Calcutta medical institutions reports 1871-78
Year: 1871
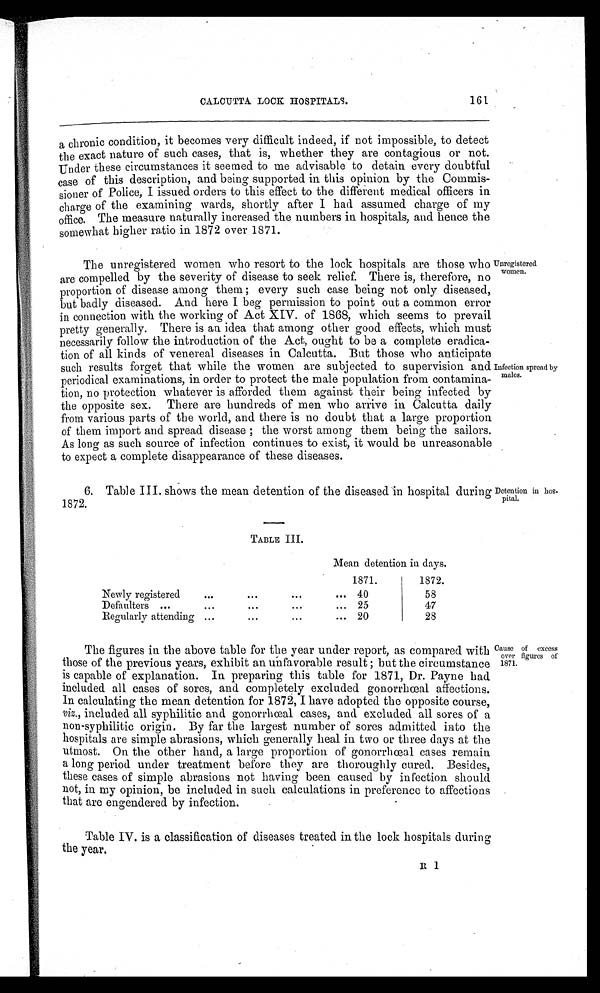
CALCUTTA LOCK HOSPITALS.
161
a chronic condition, it becomes very difficult indeed, if not impossible, to detect
the exact nature of such cases, that is, whether they are contagious or not.
Under these circumstances it seemed to me advisable to detain every doubtful
case of this description, and being supported in this opinion by the Commis
-
sioner of Police, I issued orders to this effect to the different medical officers in
charge of the examining wards, shortly after I had assumed charge of my
office. The measure naturally increased the numbers in hospitals, and hence the
somewhat higher ratio in 1872 over 1871.
The unregistered women who resort to the lock hospitals are those who
are compelled by the severity of disease to seek relief. There is, therefore, no
proportion of disease among them ; every such case being not only diseased,
but badly diseased. And here I beg permission to point out a common error
in connection with the working of Act XIV. of 1868, which seems to prevail
pretty generally. There is an idea that among other good effects, which must
necessarily follow the introduction of the Act, ought to be a complete eradica
-
tion of all kinds of venereal diseases in Calcutta. But those who anticipate
such results forget that while the women are subjected to supervision and
periodical examinations, in order to protect the male population from contamina
-
tion, no protection whatever is afforded them against their being infected by
the opposite sex. There are hundreds of men who arrive in Calcutta daily
from various parts of the world, and there is no doubt that a large proportion
of them import and spread disease ; the worst among them being the sailors.
As long as such source of infection continues to exist, it would be unreasonable
to expect a complete disappearance of these diseases.
Unregistered
women.
Infection spread by
males.
Detention in hos
- pital.
6. Table III. shows the mean detention of the diseased in hospital during
1872.
TABLE III.
Mean detention in days.
1871.
1872.
Newly registered
40
58
Defaulters
25
47
Regularly attending
20
28
The figures in the above table for the year under report, as compared with
those of the previous years, exhibit an unfavorable result; but the circumstance
is capable of explanation. In preparing this table for 1871, Dr. Payne had
included all cases of sores, and completely excluded gonorrhœal affections.
In calculating the mean detention for 1872, I have adopted the opposite course,
viz., included all syphilitic and gonorrhœal cases, and excluded all sores of a
non-syphilitic origin. By far the largest number of sores admitted into the
hospitals are simple abrasions, which generally heal in two or three days at the
utmost. On the other hand, a large proportion of gonorrhœal cases remain
a long period under treatment before they are thoroughly cured. Besides,
these cases of simple abrasions not having been caused by infection should
not, in my opinion, be included in such calculations in preference to affections
that are engendered by infection.
Table IV. is a classification of diseases treated in the lock hospitals during
the year.
Cause of excess
over figures of
1871.